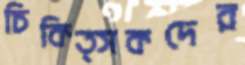
চিকিত্সকদের